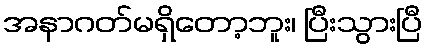
အနာဂတ်မရှိတော့ဘူး၊ ပြီးသွားပြီ